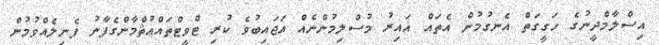
އިސްލާމްދީނުގެ ހަގީގަތް އެނގުމުން އެތައް ޣައިރު މުސްލިމުންނެއް އަޖައިބުވެ ކުރި ޓްވީޓްތައްޢުޘްމާންގެފާނު ފެނިލެއްވުމުން